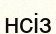
нсіз